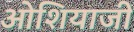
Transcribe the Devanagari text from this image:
ओशियाजी